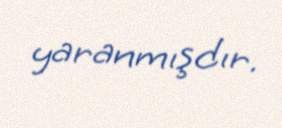
yaranmışdır.